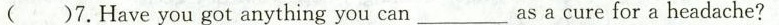
( )7. Have you got anything you can_as a cure for a headache？